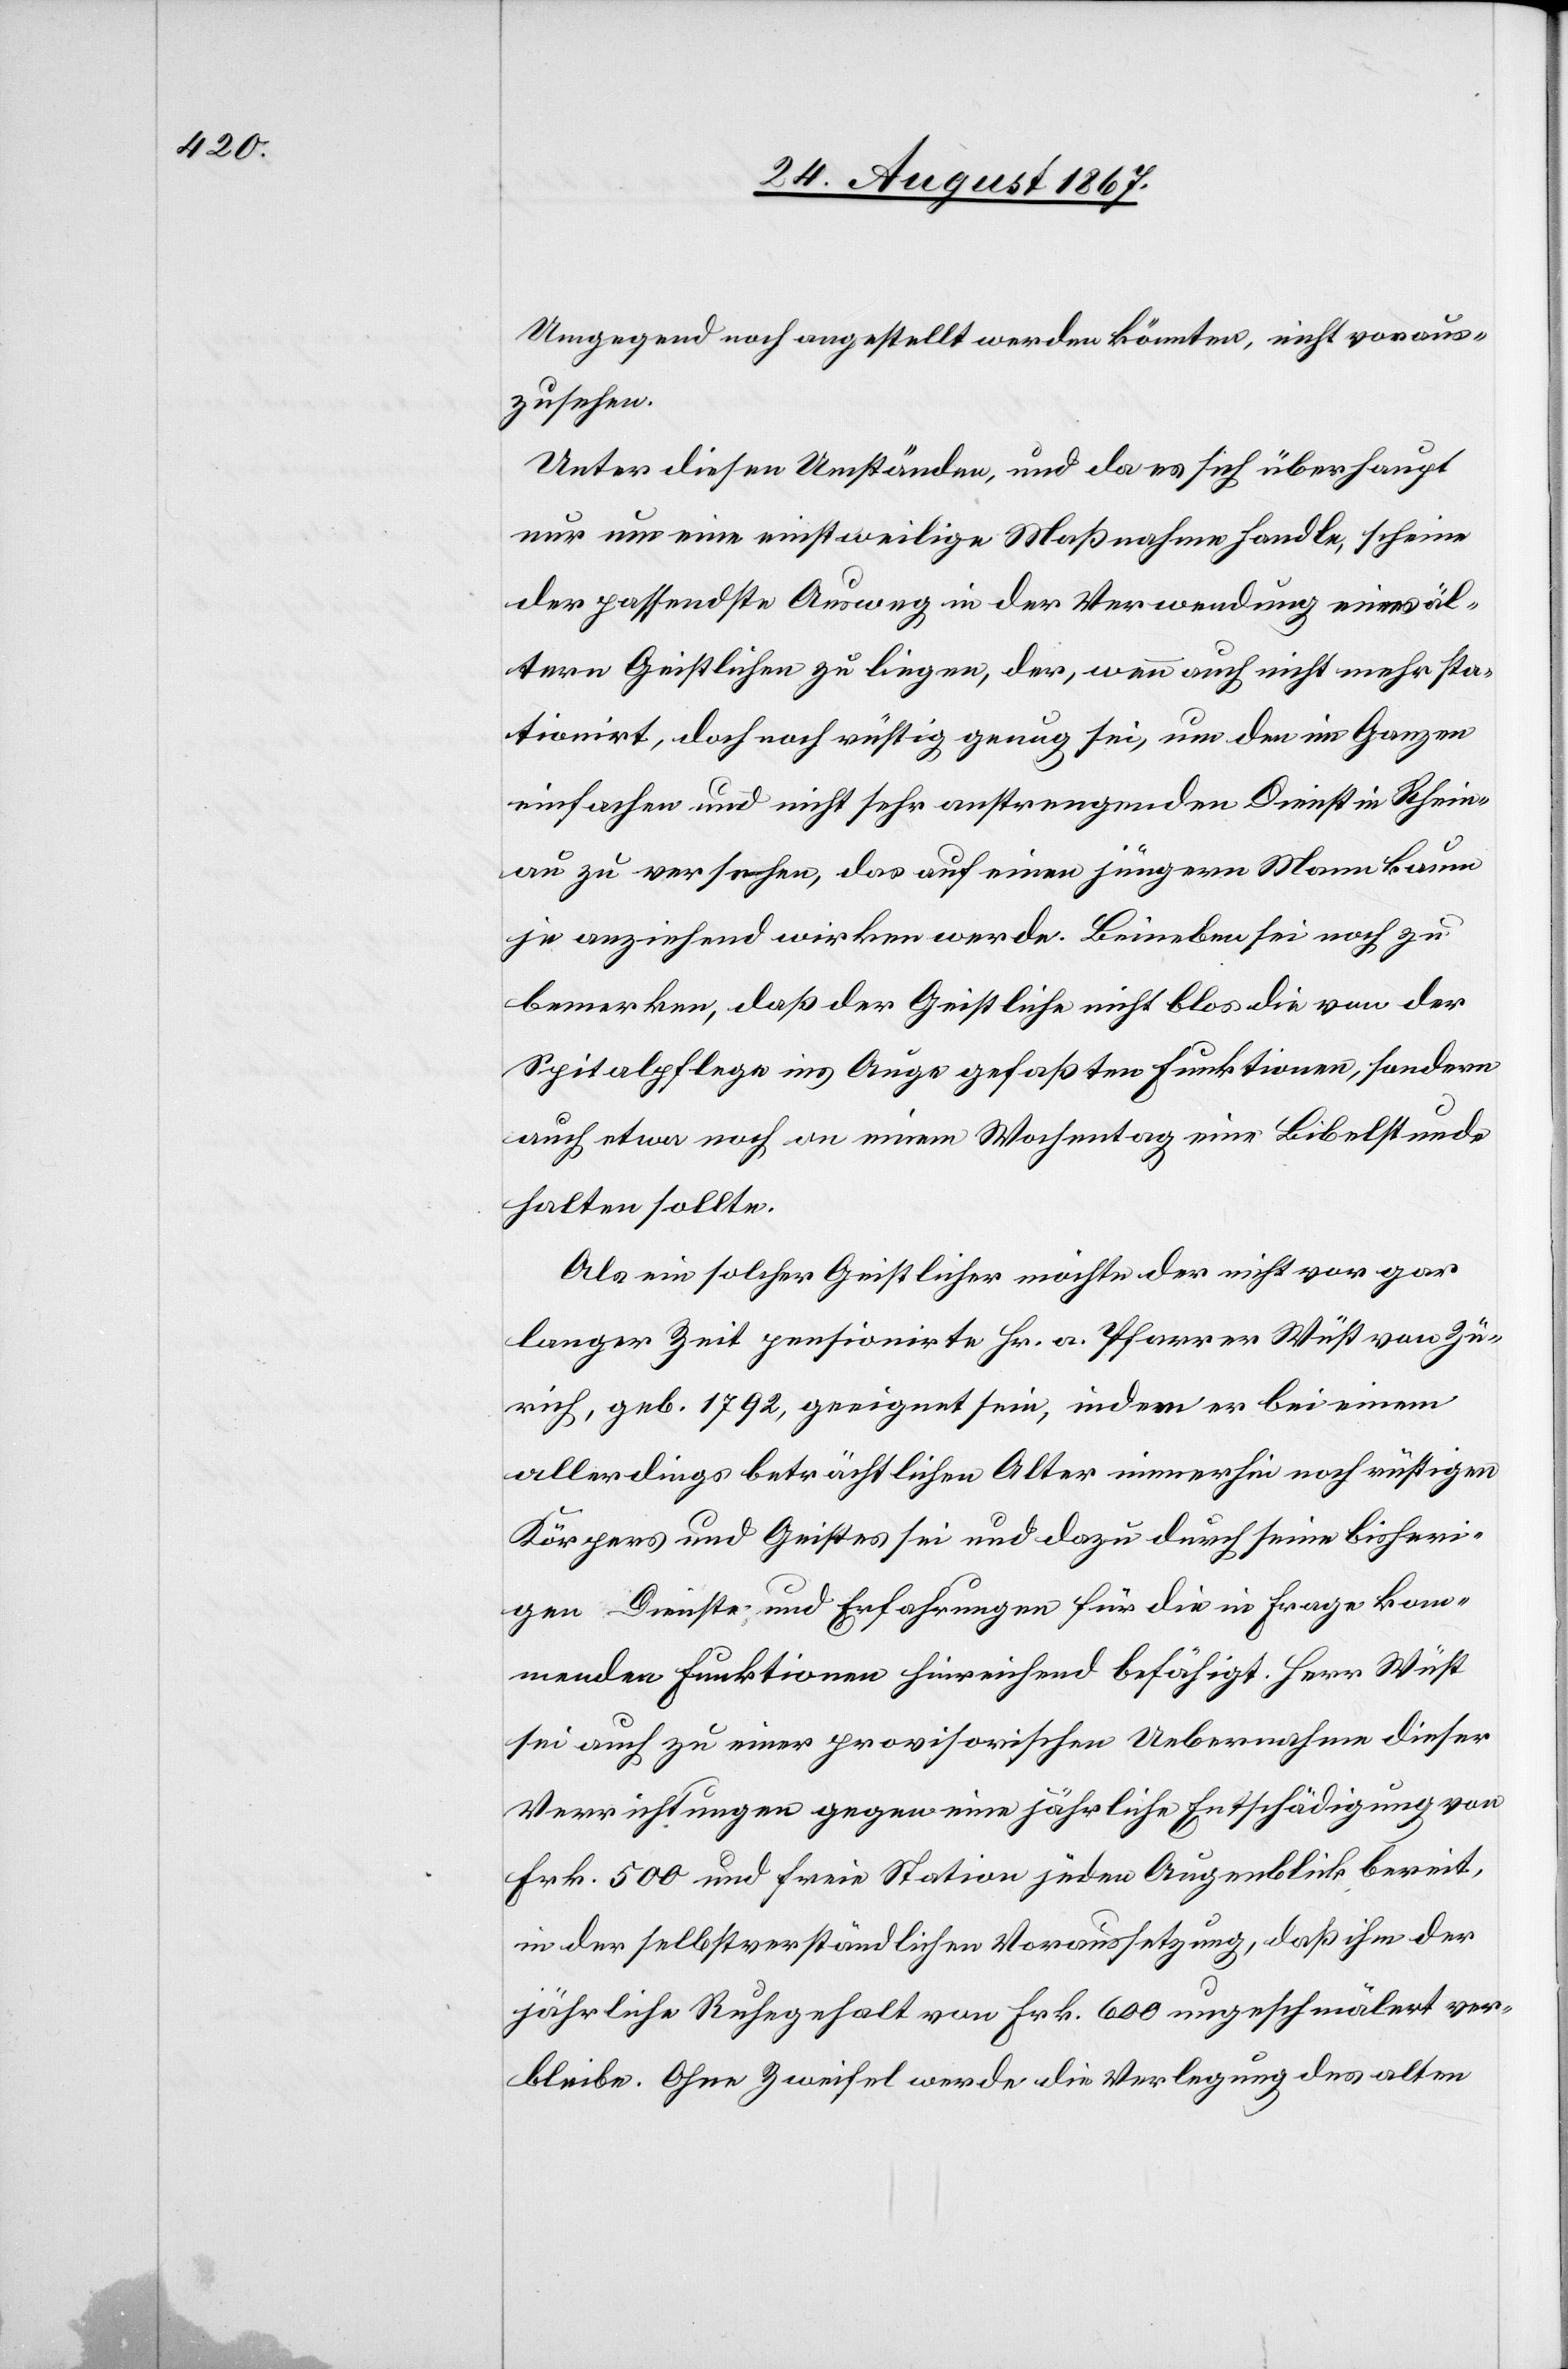
Unter diesen Umständen, und da es sich überhaupt
nur um eine einstweilige Maßnahme handle, scheine
der passendste Ausweg in der Verwendung eines äl¬
tern Geistlichen zu liegen, der, wenn auch nicht mehr sta¬
tionirt, doch noch rüstig genug sei, um den im Ganzen
einfachen und nicht sehr anstrengenden Dienst in Rhein¬
au zu versehen, das auf einen jüngern Mann kaum
je anziehend wirken werde. Beineben sei noch zu
bemerken, daß der Geistliche nicht blos die von der
Spitalpflege ins Auge gefaßten Funktionen, sondern
auch etwa noch an einem Wochentag eine Bibelstunde
halten sollte.
Als ein solcher Geistlicher möchte der nicht vor gar
langer Zeit pensionirte Hr. a. Pfarrer Wüst von Zü¬
rich, geb. 1782, geeignet sein, indem er bei einem
allerdings beträchtlichen Alter immerhin noch rüstigen
Körpers und Geistes sei und dazu durch seine bisheri¬
gen Dienste und Erfahrungen für die in Frage kom¬
menden Funktionen hinreichend befähigt. Herr Wüst
sei auch zu einer provisorischen Uebernahme dieser
Verrichtungen gegen eine jährliche Entschädigung von
Frk. 500 und freie Station jeden Augenblick bereit,
in der selbstverständlichen Voraussetzung, daß ihm der
jährliche Ruhegehalt von Frk. 600 ungeschmälert ver¬
bleibe. Ohne Zweifel werde die Verlegung des alten